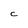
Character: C